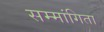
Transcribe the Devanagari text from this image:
सम्मांगिता